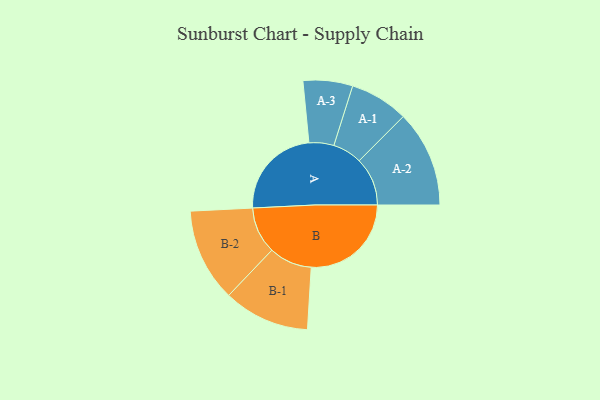
{"axis": {"x": "Segment", "y": "Value"}, "legend": ["", "A", "B"], "data": [{"x": "A", "y": 449, "type": ""}, {"x": "B", "y": 481, "type": ""}, {"x": "A-1", "y": 141, "type": "A"}, {"x": "A-2", "y": 232, "type": "A"}, {"x": "A-3", "y": 119, "type": "A"}, {"x": "B-1", "y": 207, "type": "B"}, {"x": "B-2", "y": 224, "type": "B"}]}